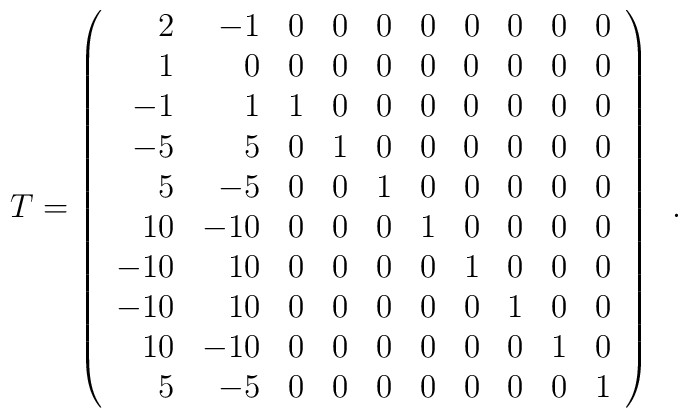
T=\left(\begin{array}{rrrrrrrrrr}  2 &  -1 &  0  &  0  &  0  &  0  &  0  &  0  &  0  &  0   \\  1 &   0 &  0  &  0  &  0  &  0  &  0  &  0  &  0  &  0   \\ -1 &   1 &  1  &  0  &  0  &  0  &  0  &  0  &  0  &  0   \\ -5 &   5 &  0  &  1  &  0  &  0  &  0  &  0  &  0  &  0   \\  5 &  -5 &  0  &  0  &  1  &  0  &  0  &  0  &  0  &  0   \\ 10 & -10 &  0  &  0  &  0  &  1  &  0  &  0  &  0  &  0   \\-10 &  10 &  0  &  0  &  0  &  0  &  1  &  0  &  0  &  0   \\-10 &  10 &  0  &  0  &  0  &  0  &  0  &  1  &  0  &  0   \\ 10 & -10 &  0  &  0  &  0  &  0  &  0  &  0  &  1  &  0   \\  5 &  -5 &  0  &  0  &  0  &  0  &  0  &  0  &  0  &  1\end{array}\right)\,\,\,.